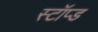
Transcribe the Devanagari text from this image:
स्टॉप्ड